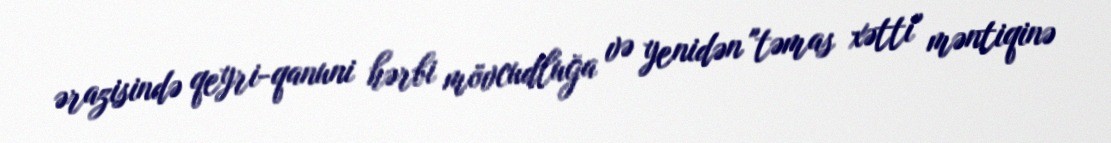
ərazisində qeyri-qanuni hərbi mövcudluğa və yenidən "təmas xətti" məntiqinə